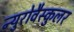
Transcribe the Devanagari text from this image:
न्युरोवैस्कुलर